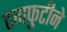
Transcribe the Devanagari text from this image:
ढगफुटीने